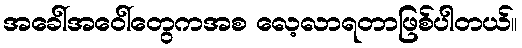
အခေါ်အဝေါ်တွေကအစ လေ့လာရတာဖြစ်ပါတယ်။